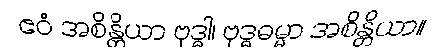
ဧဝံ အစိန္တိယာ ဗုဒ္ဓါ၊ ဗုဒ္ဓဓမ္မာ အစိန္တိယာ။